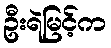
ဦးရဲမြင့်က